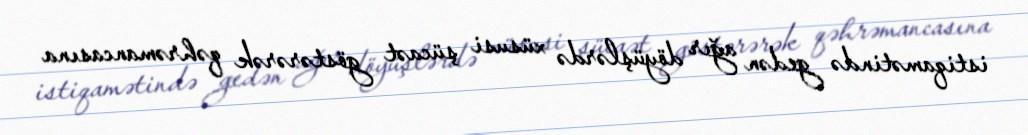
istiqamətində gedən ağır döyüşlərdə xüsusi şücaət göstərərək qəhrəmancasına